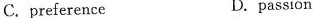
C.preference D.passion